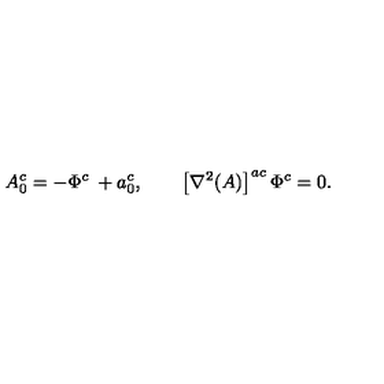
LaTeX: A _ { 0 } ^ { c } = - \Phi ^ { c } \: + a _ { 0 } ^ { c } , \quad \quad \left[ \nabla ^ { 2 } ( A ) \right] ^ { a c } \Phi ^ { c } = 0 .